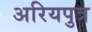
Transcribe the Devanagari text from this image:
अरियपुत्र